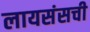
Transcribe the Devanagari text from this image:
लायसंसची